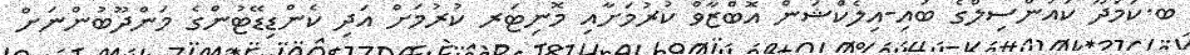
ބ.ކަމަދޫ ކައުންސިލްގެ ބައި-އިލެކްޝަން އޮބްޒާވް ކުރުމަށާއި މޮނިޓަރ ކުރުމަށް އަދި ކެންޑިޑޭޓުންގެ މަންދޫބުންނަށް